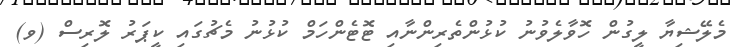
މެލޭޝިޔާ ލީގުން ހޮވާލެވުނު ކުޅުންތެރިންނާއި ޓޮޓެންހަމް ކުޅުނު މެޗުގައި ކީޕަރު ލޮރިސް (ވ)